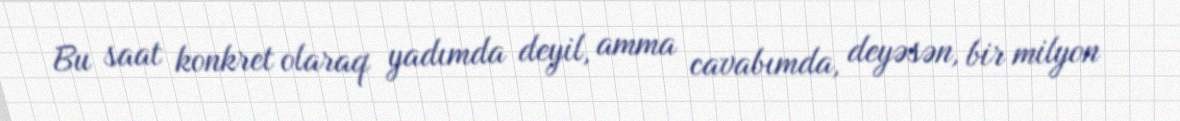
Bu saat konkret olaraq yadımda deyil, amma cavabımda, deyəsən, bir milyon